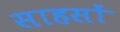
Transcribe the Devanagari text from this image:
साहसों